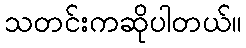
သတင်းကဆိုပါတယ်။